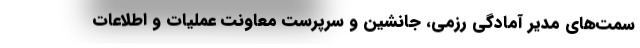
سِمت‌های مدیر آمادگی رزمی، جانشین و سرپرست معاونت عملیات و اطلاعات